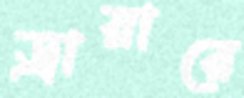
ড্রায়ারে